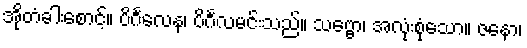
အိုတံခါးစောင့်။ ပိင်္ဂလေန၊ ပိင်္ဂလမင်းသည်။ သဗ္ဗော၊ အလုံးစုံသော။ ဇနော၊